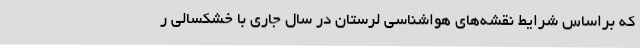
که براساس شرایط نقشه‌های هواشناسی لرستان در سال جاری با خشکسالی ر